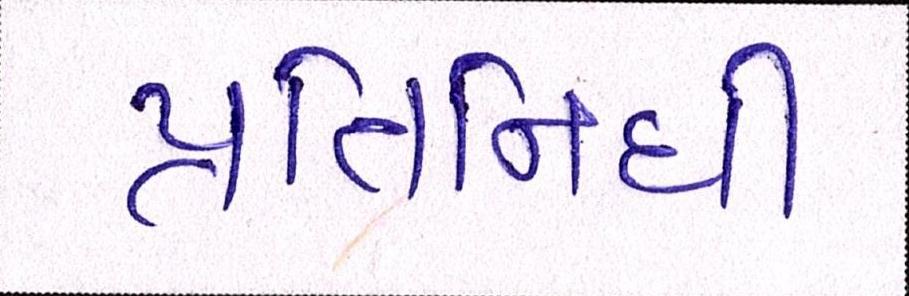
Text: પ્રતિનિધી